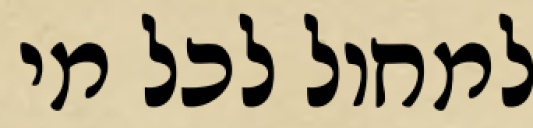
למחול לכל מי